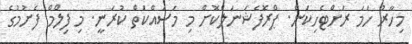
މިހާރު ހަމަ ރަށްޓެހިކަން. ޕްރޮފެޝަނަލްކޮށް މި މަސައްކަތް ކުރަނީ. މި ފިލްމް ފެށުމުގެ